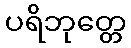
ပရိဘုတ္တေ